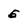
Character: 5